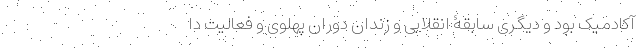
آکادمیک بود و دیگری سابقۀ انقلابی و زندان دوران پهلوی و فعالیت دا